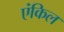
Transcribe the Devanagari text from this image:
एंकिल